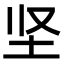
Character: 坚